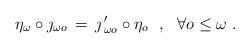
LaTeX: \begin{align*}\eta_\omega \circ \jmath_{\omega o} \, = \, {\jmath \, }'_{\omega o} \circ \eta_o \ \ , \ \ \forall o \leq \omega \ .\end{align*}